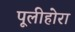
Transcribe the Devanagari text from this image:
पूलीहोरा